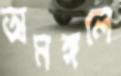
অমঙ্গলে